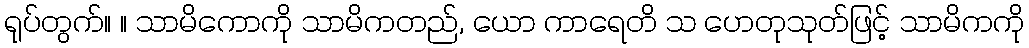
ရုပ်တွက်။ ။ သာမိကောကို သာမိကတည်, ယော ကာရေတိ သ ဟေတုသုတ်ဖြင့် သာမိကကို